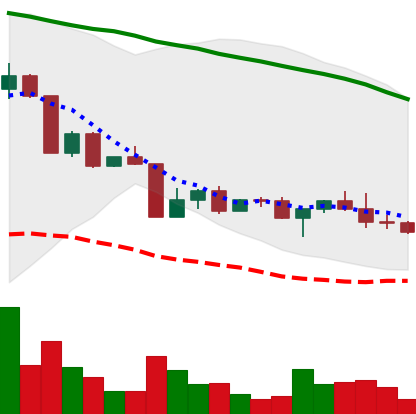
Ticker: ADA-USD
Chart end date: 2022-04-23
Forward return: -5.014%
Label: down_5_7